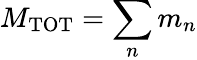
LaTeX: M_{\mathrm{TOT}}=\sum_{n}m_{n}